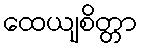
ထေယျစိတ္တာ